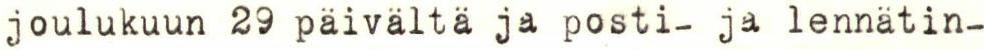
joulukuun 29 päivältä ja posti- ja lennätin-